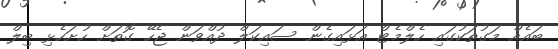
ބައެއް މަގުތަކުގައި ހެލްމެޓް އަޅައިގެން ސައިކަލް ދުއްވަން ޖެހޭ ގޮތަށް ހުށަހެޅި ބިލް